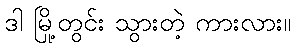
ဒါ မြို့တွင်း သွားတဲ့ ကားလား။